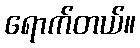
ရောက်တယ်။